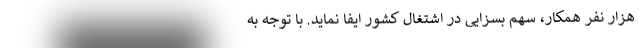
هزار نفر همکار، سهم بسزایی در اشتغال کشور ایفا نماید. با توجه به